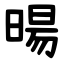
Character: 暘